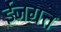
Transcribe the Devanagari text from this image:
ईजगत्त